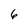
Character: 6